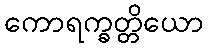
ကောရက္ခတ္တိယော